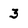
Character: 3